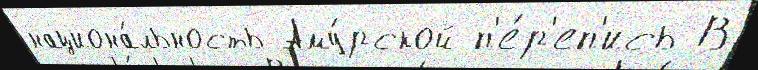
национа́льность Аму́рской п'е́р'еп'ись В